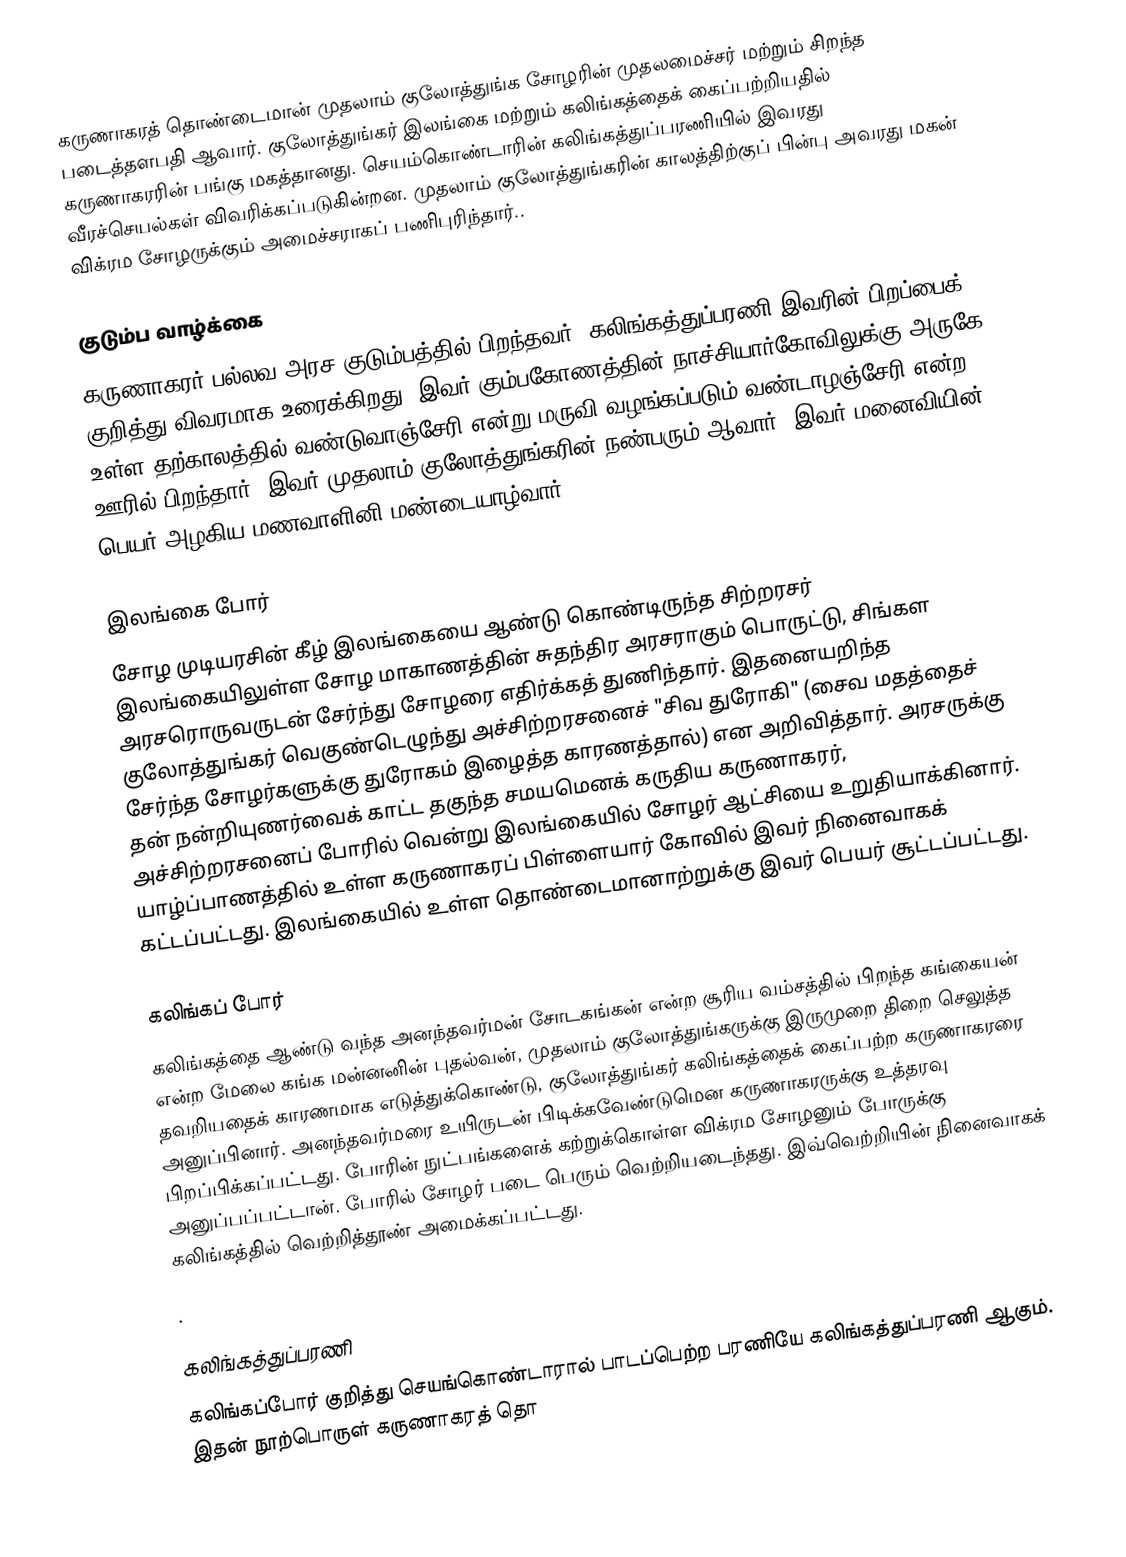
கருணாகரத் தொண்டைமான் முதலாம் குலோத்துங்க சோழரின் முதலமைச்சர் மற்றும் சிறந்த படைத்தளபதி ஆவார். குலோத்துங்கர் இலங்கை மற்றும் கலிங்கத்தைக் கைப்பற்றியதில் கருணாகரரின் பங்கு மகத்தானது. செயம்கொண்டாரின் கலிங்கத்துப்பரணியில் இவரது வீரச்செயல்கள் விவரிக்கப்படுகின்றன. முதலாம் குலோத்துங்கரின் காலத்திற்குப் பின்பு அவரது மகன் விக்ரம சோழருக்கும் அமைச்சராகப் பணிபுரிந்தார்..

குடும்ப வாழ்க்கை
கருணாகரர் பல்லவ அரச குடும்பத்தில் பிறந்தவர். கலிங்கத்துப்பரணி இவரின் பிறப்பைக் குறித்து விவரமாக உரைக்கிறது. இவர் கும்பகோணத்தின் நாச்சியார்கோவிலுக்கு அருகே உள்ள தற்காலத்தில் வண்டுவாஞ்சேரி என்று மருவி வழங்கப்படும் வண்டாழஞ்சேரி என்ற ஊரில் பிறந்தார். இவர் முதலாம் குலோத்துங்கரின் நண்பரும் ஆவார். இவர் மனைவியின் பெயர் அழகிய மணவாளினி மண்டையாழ்வார்.

இலங்கை போர்
சோழ முடியரசின் கீழ் இலங்கையை ஆண்டு கொண்டிருந்த சிற்றரசர் இலங்கையிலுள்ள சோழ மாகாணத்தின் சுதந்திர அரசராகும் பொருட்டு, சிங்கள அரசரொருவருடன் சேர்ந்து சோழரை எதிர்க்கத் துணிந்தார். இதனையறிந்த குலோத்துங்கர் வெகுண்டெழுந்து அச்சிற்றரசனைச் "சிவ துரோகி" (சைவ மதத்தைச் சேர்ந்த சோழர்களுக்கு துரோகம் இழைத்த காரணத்தால்) என அறிவித்தார். அரசருக்கு தன் நன்றியுணர்வைக் காட்ட தகுந்த சமயமெனக் கருதிய கருணாகரர், அச்சிற்றரசனைப் போரில் வென்று இலங்கையில் சோழர் ஆட்சியை உறுதியாக்கினார். யாழ்ப்பாணத்தில் உள்ள கருணாகரப் பிள்ளையார் கோவில் இவர் நினைவாகக் கட்டப்பட்டது. இலங்கையில் உள்ள தொண்டைமானாற்றுக்கு இவர் பெயர் சூட்டப்பட்டது.

கலிங்கப் போர்
கலிங்கத்தை ஆண்டு வந்த அனந்தவர்மன் சோடகங்கன் என்ற சூரிய வம்சத்தில் பிறந்த கங்கையன்  என்ற மேலை கங்க மன்னனின் புதல்வன், முதலாம் குலோத்துங்கருக்கு இருமுறை திறை செலுத்த தவறியதைக் காரணமாக எடுத்துக்கொண்டு, குலோத்துங்கர் கலிங்கத்தைக் கைப்பற்ற கருணாகரரை அனுப்பினார். அனந்தவர்மரை உயிருடன் பிடிக்கவேண்டுமென கருணாகரருக்கு உத்தரவு பிறப்பிக்கப்பட்டது. போரின் நுட்பங்களைக் கற்றுக்கொள்ள விக்ரம சோழனும் போருக்கு அனுப்பப்பட்டான். போரில் சோழர் படை பெரும் வெற்றியடைந்தது. இவ்வெற்றியின் நினைவாகக் கலிங்கத்தில் வெற்றித்தூண் அமைக்கப்பட்டது.
.

கலிங்கத்துப்பரணி
கலிங்கப்போர் குறித்து செயங்கொண்டாரால் பாடப்பெற்ற பரணியே கலிங்கத்துப்பரணி ஆகும். இதன் நூற்பொருள் கருணாகரத் தொ